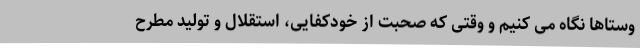
وستاها نگاه می کنیم و وقتی که صحبت از خودکفایی، استقلال و تولید مطرح